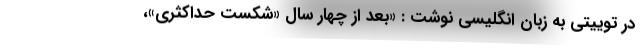
در توییتی به زبان انگلیسی نوشت : «بعد از چهار سال «شکست حداکثری»،